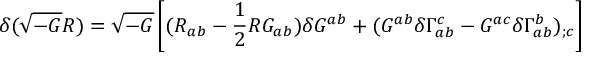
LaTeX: \delta ( \sqrt { - G } { \cal R } ) = \sqrt { - G } \left[ ( { \cal R } _ { a b } - \frac { 1 } { 2 } { \cal R } G _ { a b } ) \delta G ^ { a b } + ( G ^ { a b } \delta \Gamma _ { a b } ^ { c } - G ^ { a c } \delta \Gamma _ { a b } ^ { b } ) _ { ; c } \right]